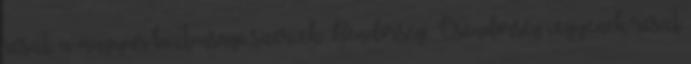
részt, a magyar biztonsági szervek Rendõrség, Csendõrség vegyenek részt